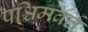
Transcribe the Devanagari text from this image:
पश्चिमवर्त